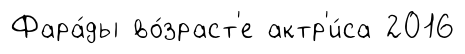
Фара́ды во́зраст'е актр'и́са 2016